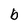
Character: b